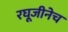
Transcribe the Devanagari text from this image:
रघूजीनेच